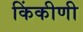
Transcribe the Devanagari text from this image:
किंकीणी